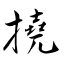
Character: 撓